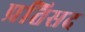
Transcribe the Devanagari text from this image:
प्रतिसद